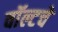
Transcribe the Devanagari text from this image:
वॉल्टचे